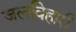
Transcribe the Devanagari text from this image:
जलविहारी